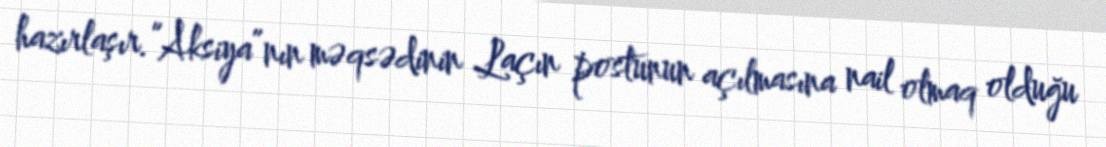
hazırlaşır.“Aksiya”nın məqsədinin Laçın postunun açılmasına nail olmaq olduğu